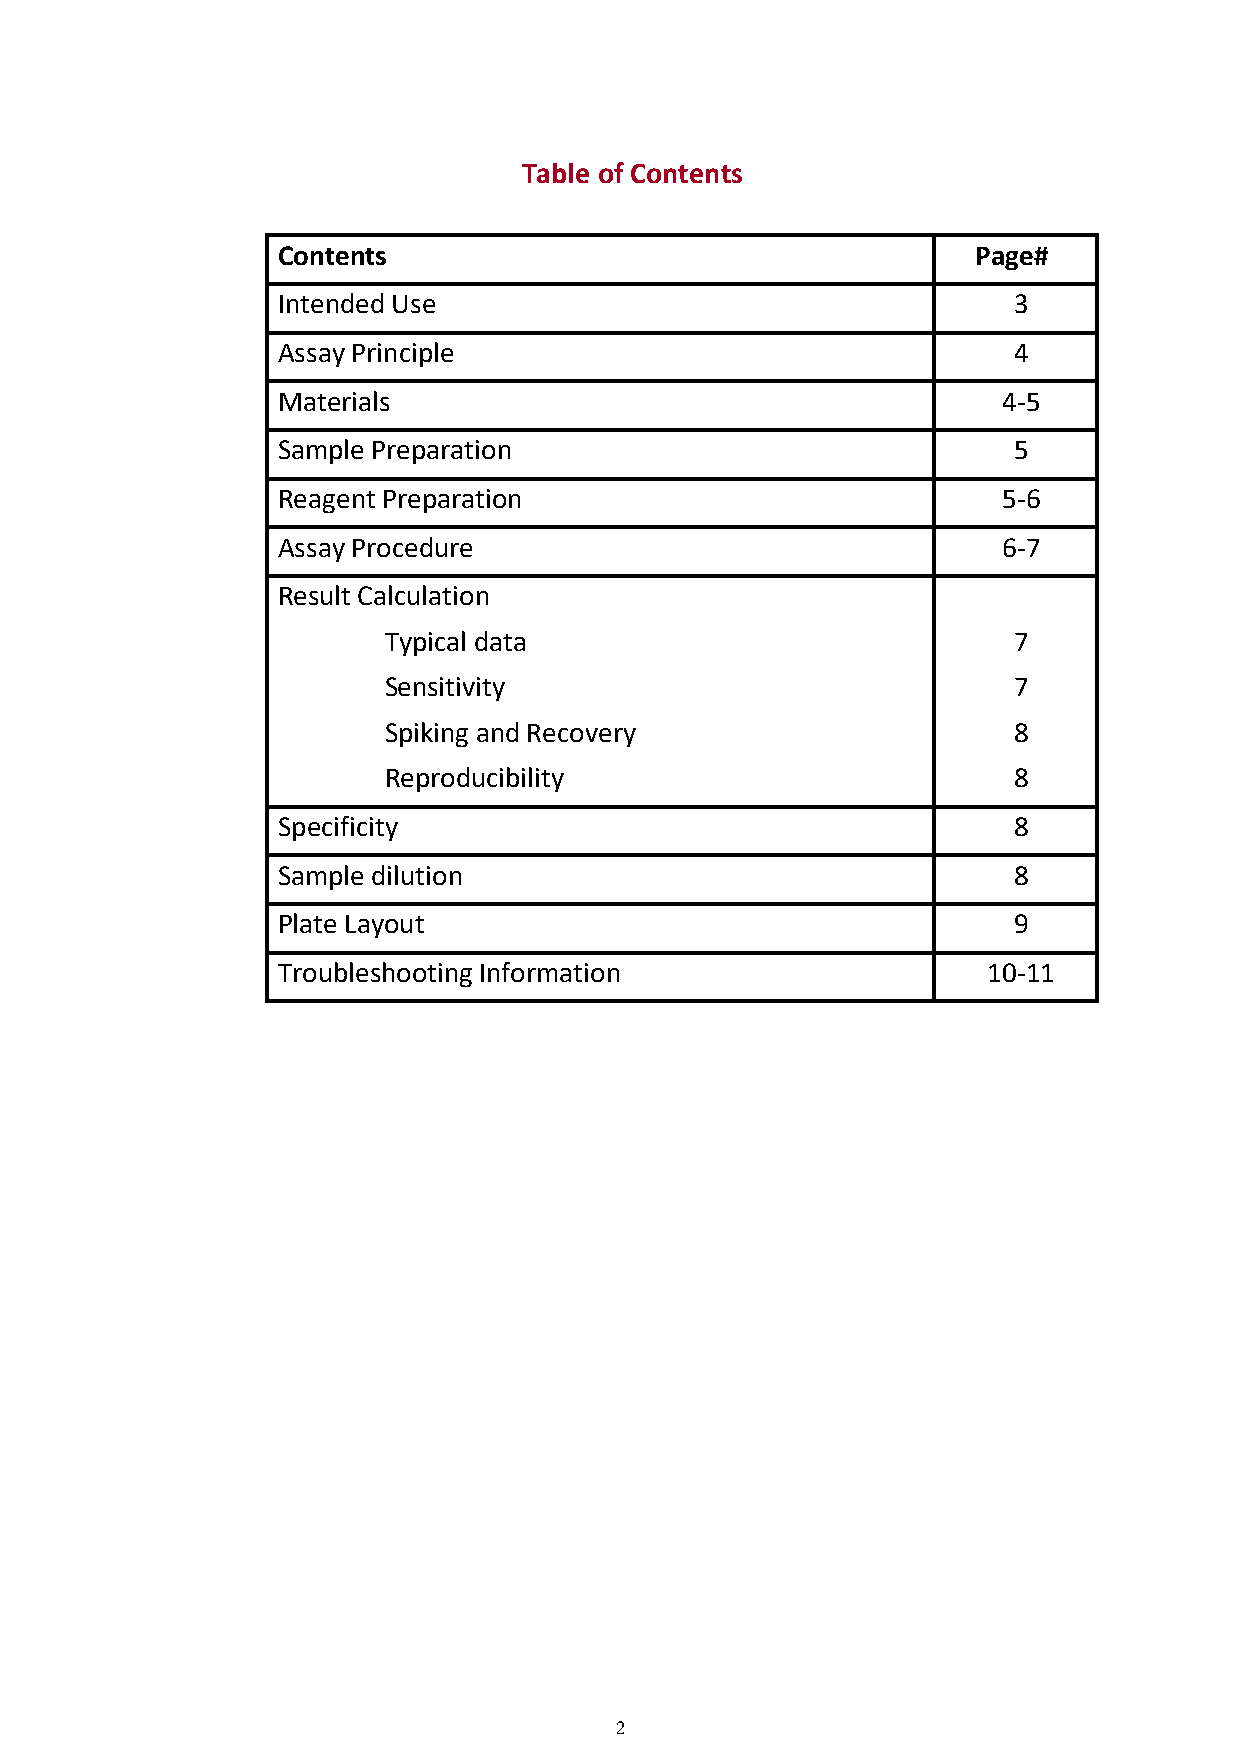
Table of Contents
 Contents                                       Page#
 Intended Use                                     3
 Assay Principle                                  4
 Materials                                       4-5
 Sample Preparation                               5
 Reagent Preparation                             5-6
 Assay Procedure                                 6-7
 Result Calculation
 Typical data                              7
 Sensitivity                               7
 Spiking and Recovery                      8
 Reproducibility                           8
 Specificity                                      8
 Sample dilution                                  8
 Plate Layout                                     9
 Troubleshooting Information                    10-11
 2